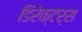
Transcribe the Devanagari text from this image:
डिरेक्टर्स